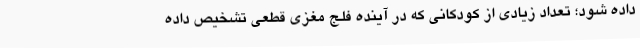
داده شود؛ تعداد زیادی از کودکانی که در آینده فلج مغزی قطعی تشخیص داده